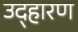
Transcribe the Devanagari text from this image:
उद्हारण